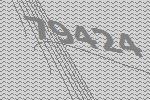
79424